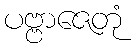
ပဗ္ဗာဇေတုံ